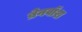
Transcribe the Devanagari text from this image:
ब्रेनवाॅश